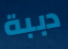
دببة